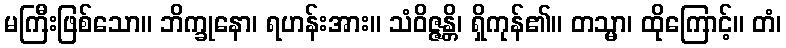
မကြီးဖြစ်သော။ ဘိက္ခုနော၊ ရဟန်းအား။ သံဝိဇ္ဇန္တိ၊ ရှိကုန်၏။ တသ္မာ၊ ထိုကြောင့်။ တံ၊